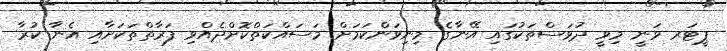
ޕީޓަރ ވަނީ މިވީ ދުވަސްތަކުގައި އޭނާގެ މިނިވަންކަމަށް މަސައްކަތްކޮށްދެއްވި ފަރާތްތަކަށާއި އެނާ ކުރާ